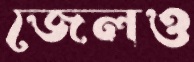
জেলও